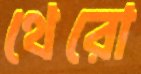
থেরো